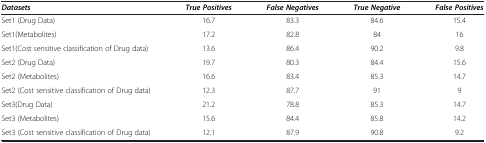
<table><thead><tr><td><b><i>Datasets</i></b></td><td><b><i>True Positives</i></b></td><td><b><i>False Negatives</i></b></td><td><b><i>True Negative</i></b></td><td><b><i>False Positives</i></b></td></tr></thead><tbody><tr><td>Set1 (Drug Data)</td><td>16.7</td><td>83.3</td><td>84.6</td><td>15.4</td></tr><tr><td>Set1(Metabolites)</td><td>17.2</td><td>82.8</td><td>84</td><td>16</td></tr><tr><td>Set1(Cost sensitive classification of Drug data)</td><td>13.6</td><td>86.4</td><td>90.2</td><td>9.8</td></tr><tr><td>Set2 (Drug Data)</td><td>19.7</td><td>80.3</td><td>84.4</td><td>15.6</td></tr><tr><td>Set2 (Metabolites)</td><td>16.6</td><td>83.4</td><td>85.3</td><td>14.7</td></tr><tr><td>Set2 (Cost sensitive classification of Drug data)</td><td>12.3</td><td>87.7</td><td>91</td><td>9</td></tr><tr><td>Set3(Drug Data)</td><td>21.2</td><td>78.8</td><td>85.3</td><td>14.7</td></tr><tr><td>Set3 (Metabolites)</td><td>15.6</td><td>84.4</td><td>85.8</td><td>14.2</td></tr><tr><td>Set3 (Cost sensitive classification of Drug data)</td><td>12.1</td><td>87.9</td><td>90.8</td><td>9.2</td></tr></tbody></table>